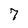
Character: 7